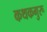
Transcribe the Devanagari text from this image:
कथकगुरू